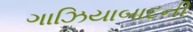
ગાઝિયાબાદની